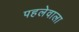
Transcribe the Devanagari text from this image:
पहलेवाला